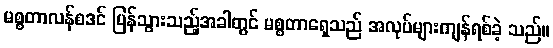
မစ္စတာလန်စဒင် ပြန်သွားသည့်အခါတွင် မစ္စတာရှေသည် အလုပ်များကျန်ရစ်ခဲ့ သည်။